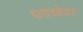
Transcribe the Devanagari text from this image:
पासओभर